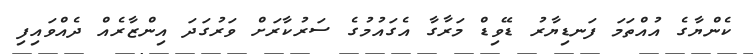
ކެންޔާގެ އުއްތަމަ ފަނޑިޔާރު ޑޭވިޑް މަރާގާ އެގައުމުގެ ސަރުކާރަށް ވަރުގަދަ އިންޒާރެއް ދެއްވައިފި